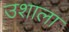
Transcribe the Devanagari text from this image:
उशाला